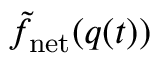
\tilde { f } _ { \mathrm { n e t } } ( q ( t ) )